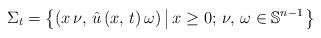
LaTeX: \begin{align*}\Sigma_{t}=\left\{ \left(x\,\nu,\,\hat{u}\left(x,\,t\right)\omega\right)\left|\,x\geq0;\,\nu,\,\omega\in\mathbb{S}^{n-1}\right.\right\} \end{align*}